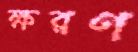
ক্ষরণ